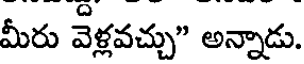
మీరు వెళ్లవచ్చు" అన్నాడు.